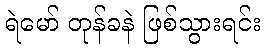
ရဲမော် တုန်ခနဲ ဖြစ်သွားရင်း